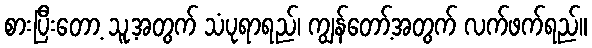
စားပြီးတော့ သူ့အတွက် သံပုရာရည်၊ ကျွန်တော့်အတွက် လက်ဖက်ရည်။